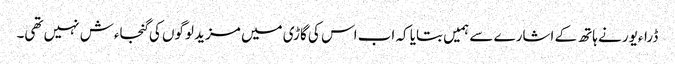
ڈراءیور نے ہاتھ کے اشارے سے ہمیں بتایا کہ اب اس کی گاڑی میں مزید لوگوں کی گنجاءش نہیں تھی۔